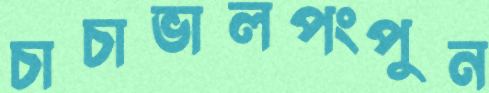
চাচাভালপংপুন